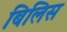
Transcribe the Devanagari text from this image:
बिलिस